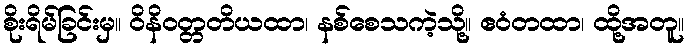
စိုးရိမ်ခြင်းမှ။ ဝိနိဝတ္တတိယထာ၊ နစ်စေသကဲ့သို့။ ဧဝံတထာ၊ ထို့အတူ။